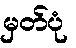
မှတ်ပုံ